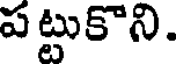
పట్టుకొని.